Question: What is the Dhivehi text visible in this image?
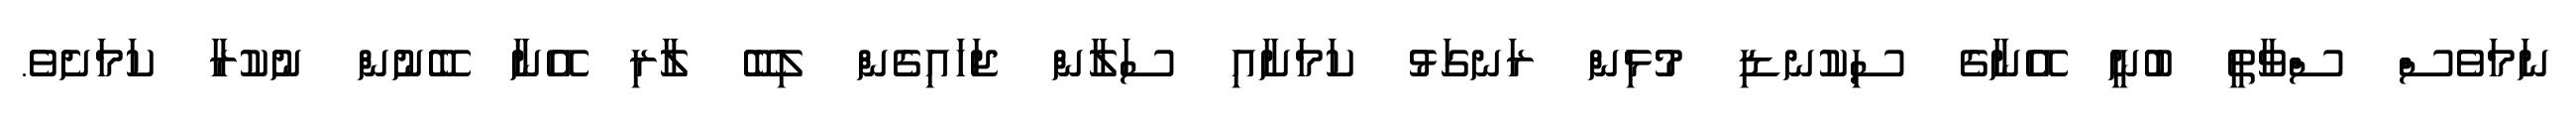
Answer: ނަމަވެސް ސްވާތީ ބުނީ އޭނާގެ ސިކުނޑި މުޅިން ރަނގަޅު ކަމަށާއި ސަލާން ޖަހައިގެން ލިބޭ ލާރި އޭނާ ބޭނުން ނުކުރާ ކަމަށެވެ.